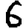
Digit: 6